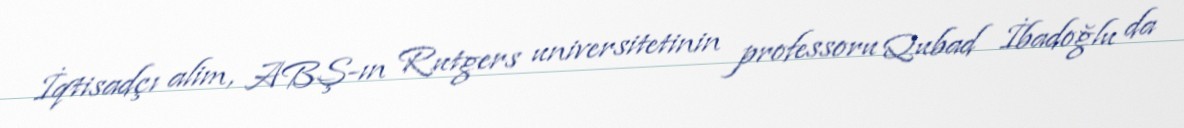
İqtisadçı alim, ABŞ-ın Rutgers universitetinin professoru Qubad İbadoğlu da